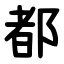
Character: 都